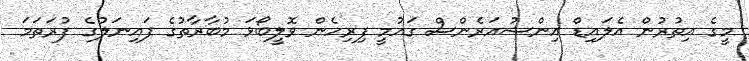
މީގެ އިތުރުން އެލައިޑް އިންޝުއަރެންސް ގައުމީ ފިރިހެން ވޮލީބޯޅަ މުބާރާތުގެ ފައިނަލުގެ ފުރަތަމަ